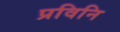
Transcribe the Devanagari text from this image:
प्रविनि